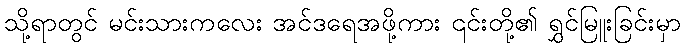
သို့ရာတွင် မင်းသားကလေး အင်ဒရေအဖို့ကား ၎င်းတို့၏ ရွှင်မြူးခြင်းမှာ